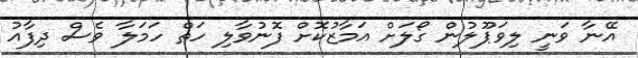
އޭނާ ވަނީ ލިވަޕޫލުން ގޯލަށް އަމާޒުކޮށް ފޮނުވާލި ހަތް ހަމަލާ ވެސް ދިފާއު